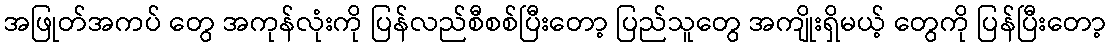
အဖြုတ်အကပ် တွေ အကုန်လုံးကို ပြန်လည်စီစစ်ပြီးတော့ ပြည်သူတွေ အကျိုးရှိမယ့် တွေကို ပြန်ပြီးတော့